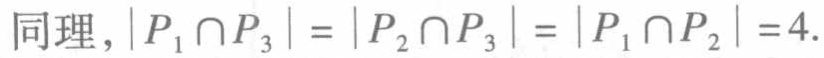
同理，\(\vert P_{1} \cap P_{3}\vert = \vert P_{2} \cap P_{3}\vert = \vert P_{1} \cap P_{2}\vert = 4\).